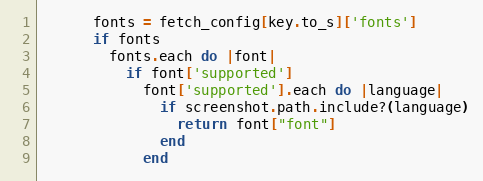
Language: Ruby
      fonts = fetch_config[key.to_s]['fonts']
      if fonts
        fonts.each do |font|
          if font['supported']
            font['supported'].each do |language|
              if screenshot.path.include?(language)
                return font["font"]
              end
            end